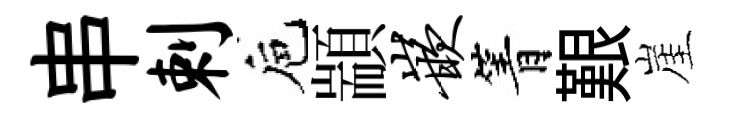
串剌巵顓嵌箐艱崖